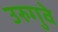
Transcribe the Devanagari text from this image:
उरुगुवे